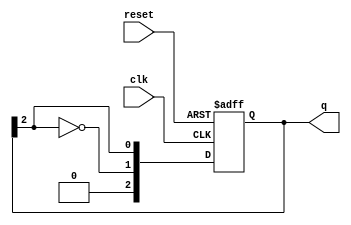
module johnson_counter (
    input wire clk,          // Clock input
    input wire reset,        // Asynchronous reset input
    output reg [N-1:0] q     // Output of the counter
);
    parameter N = 3;         // Number of flip-flops (adjust as needed)
    
    // Always block triggered on the rising edge of the clock or the reset signal
    always @(posedge clk or posedge reset) begin
        if (reset) begin
            q <= {N{1'b0}};  // Asynchronous reset to 0
        end else begin
            // Johnson counter logic
            q <= {~q[N-1], q[N-1:N-1]}; // Shift and invert last bit to first
        end
    end
endmodule